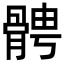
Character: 𩩍